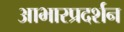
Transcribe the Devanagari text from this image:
आभारप्रदर्शन